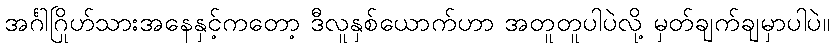
အင်္ဂါဂြိုဟ်သားအနေနှင့်ကတော့ ဒီလူနှစ်ယောက်ဟာ အတူတူပါပဲလို့ မှတ်ချက်ချမှာပါပဲ။